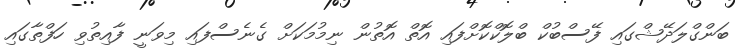
ބަންގްލަދޭޝްގައި ފޭސްބުކް ބްލޮކްކޮށްފައި އޮތް އޮތުން ނިމުމަކަށް ގެނެސްފައި މިވަނީ ފާއިތުވި ހަފްތާގައި